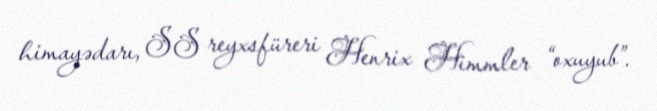
himayədarı, SS reyxsfüreri Henrix Himmler “oxuyub”.